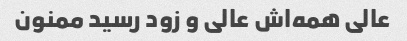
عالی همه‌اش عالی و زود رسید ممنون